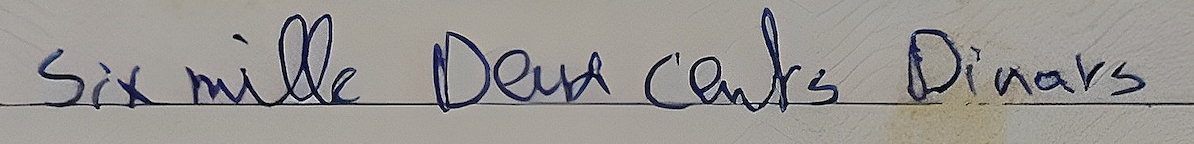
Six mille Deux cents Dinars